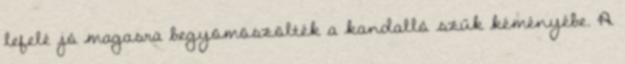
lefelé jó magasra begyömöszölték a kandalló szűk kéményébe. A